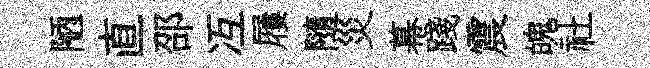
陋直邵冱屨隨災幕踐震魄社